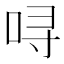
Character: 㖊